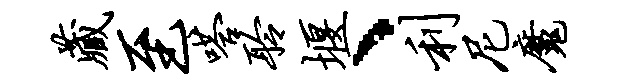
藏至嗒聆堰、利尼魔